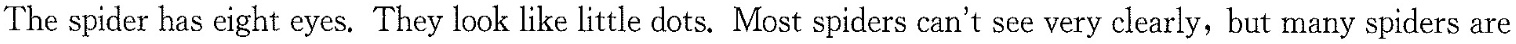
The spider has eight eyes.They look like little dots.Most spiders can't see very clearly,but many spiders are